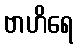
ဗာဟိရေ